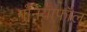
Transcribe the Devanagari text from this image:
गुनियाफॉल